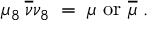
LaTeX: \mu _ { 8 } \: \overline { { { \nu } } } \nu _ { 8 } \; = \; \mu { \mathrm { ~ o r ~ } } \overline { { { \mu } } } \; .